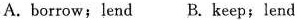
A.borrow; lend B. Keep;lend